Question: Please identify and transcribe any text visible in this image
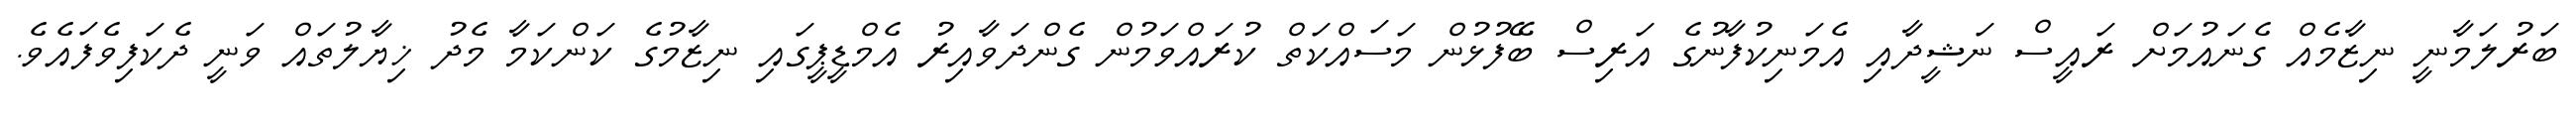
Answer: ބަރުލަމާނީ ނިޒާމެއް ގެނައުމަށް ރައީސް ނަޝީދާއި އެމަނިކުފާނުގެ އަރިސް ބޭފުޅުން މަސައްކަތް ކުރައްވަމުން ގެންދަވާއިރު އެމްޑީޕީގައި ނިޒާމުގެ ކަންކަމާ މެދު ޚިޔާލުތައް ވަނީ ދެކަފިވެފައެވެ.